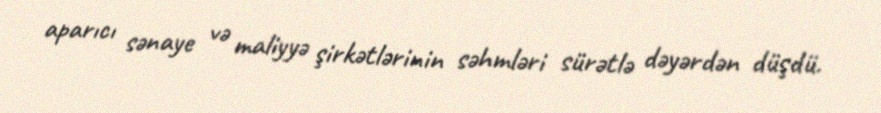
aparıcı sənaye və maliyyə şirkətlərinin səhmləri sürətlə dəyərdən düşdü.